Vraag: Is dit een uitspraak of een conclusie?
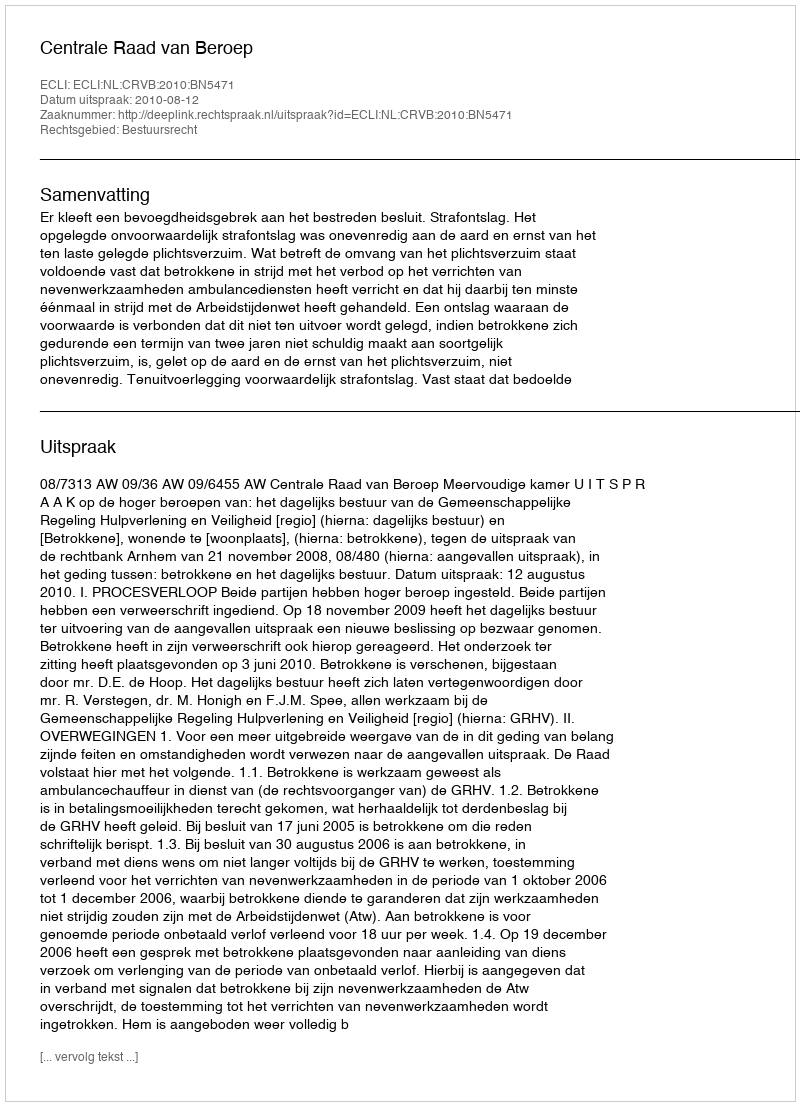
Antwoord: Uitspraak